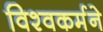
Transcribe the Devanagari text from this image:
विश्वकर्मने